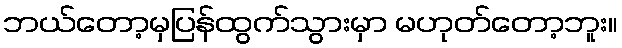
ဘယ်တော့မှပြန်ထွက်သွားမှာ မဟုတ်တော့ဘူး။